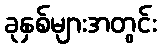
ခုနှစ်များအတွင်း